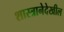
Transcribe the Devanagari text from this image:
शास्त्रानेदेखील